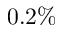
0 . 2 \%